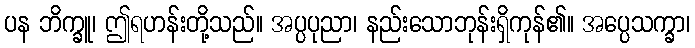
ပန ဘိက္ခူ၊ ဤရဟန်းတို့သည်။ အပ္ပပုညာ၊ နည်းသောဘုန်းရှိကုန်၏။ အပ္ပေသက္ခာ၊